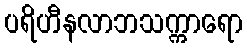
ပရိဟီနလာဘသက္ကာရော